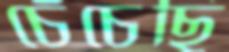
চেঁচেছি